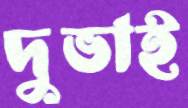
দুভাই